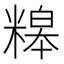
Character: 𥻷